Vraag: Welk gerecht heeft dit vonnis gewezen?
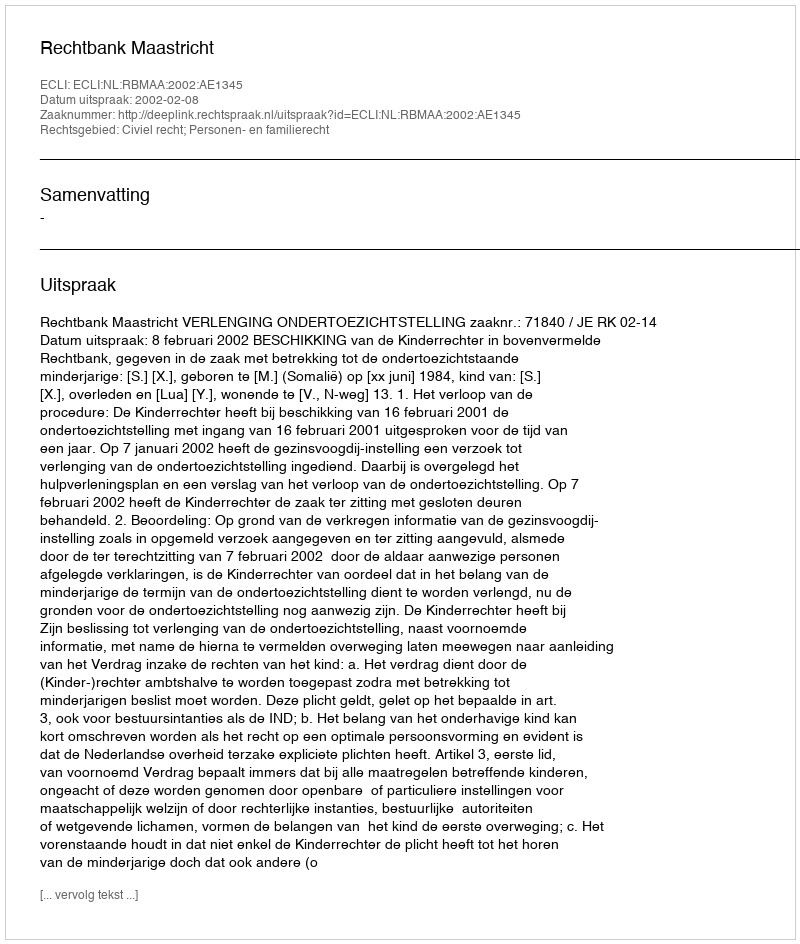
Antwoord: Rechtbank Maastricht